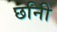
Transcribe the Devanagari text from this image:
छनिी